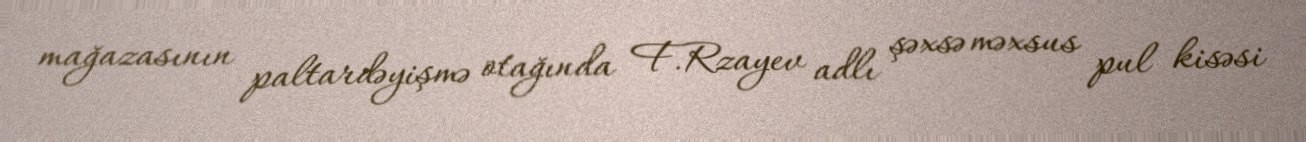
mağazasının paltardəyişmə otağında F.Rzayev adlı şəxsə məxsus pul kisəsi